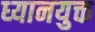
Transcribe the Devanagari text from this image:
ध्‍यानयुक्त